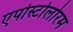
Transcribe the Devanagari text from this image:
एपोस्टोलोरम